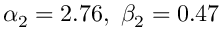
\alpha _ { 2 } = 2 . 7 6 , \; \beta _ { 2 } = 0 . 4 7